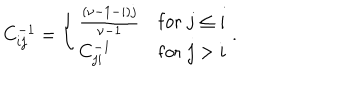
LaTeX: C _ { i j } ^ { - 1 } = \left\{ \begin{array} { l l } { { \frac { ( \nu - 1 - i ) j } { \nu - 1 } } } & { { \mathrm { f o r } \; j \leq i } } \\ { { C _ { j i } ^ { - 1 } } } & { { \mathrm { f o r } \; j > i } } \\ \end{array} \right. .